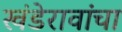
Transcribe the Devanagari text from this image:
खंडेरावांचा